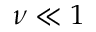
\nu \ll 1